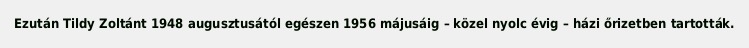
Ezután Tildy Zoltánt 1948 augusztusától egészen 1956 májusáig – közel nyolc évig – házi őrizetben tartották.